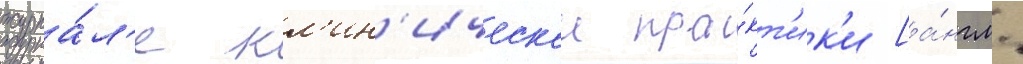
журна́л'е кл'ин'ическои пра́кт'ик'и [а́нгл.